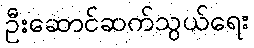
ဦးဆောင်ဆက်သွယ်ရေး